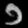
Digit: ၁